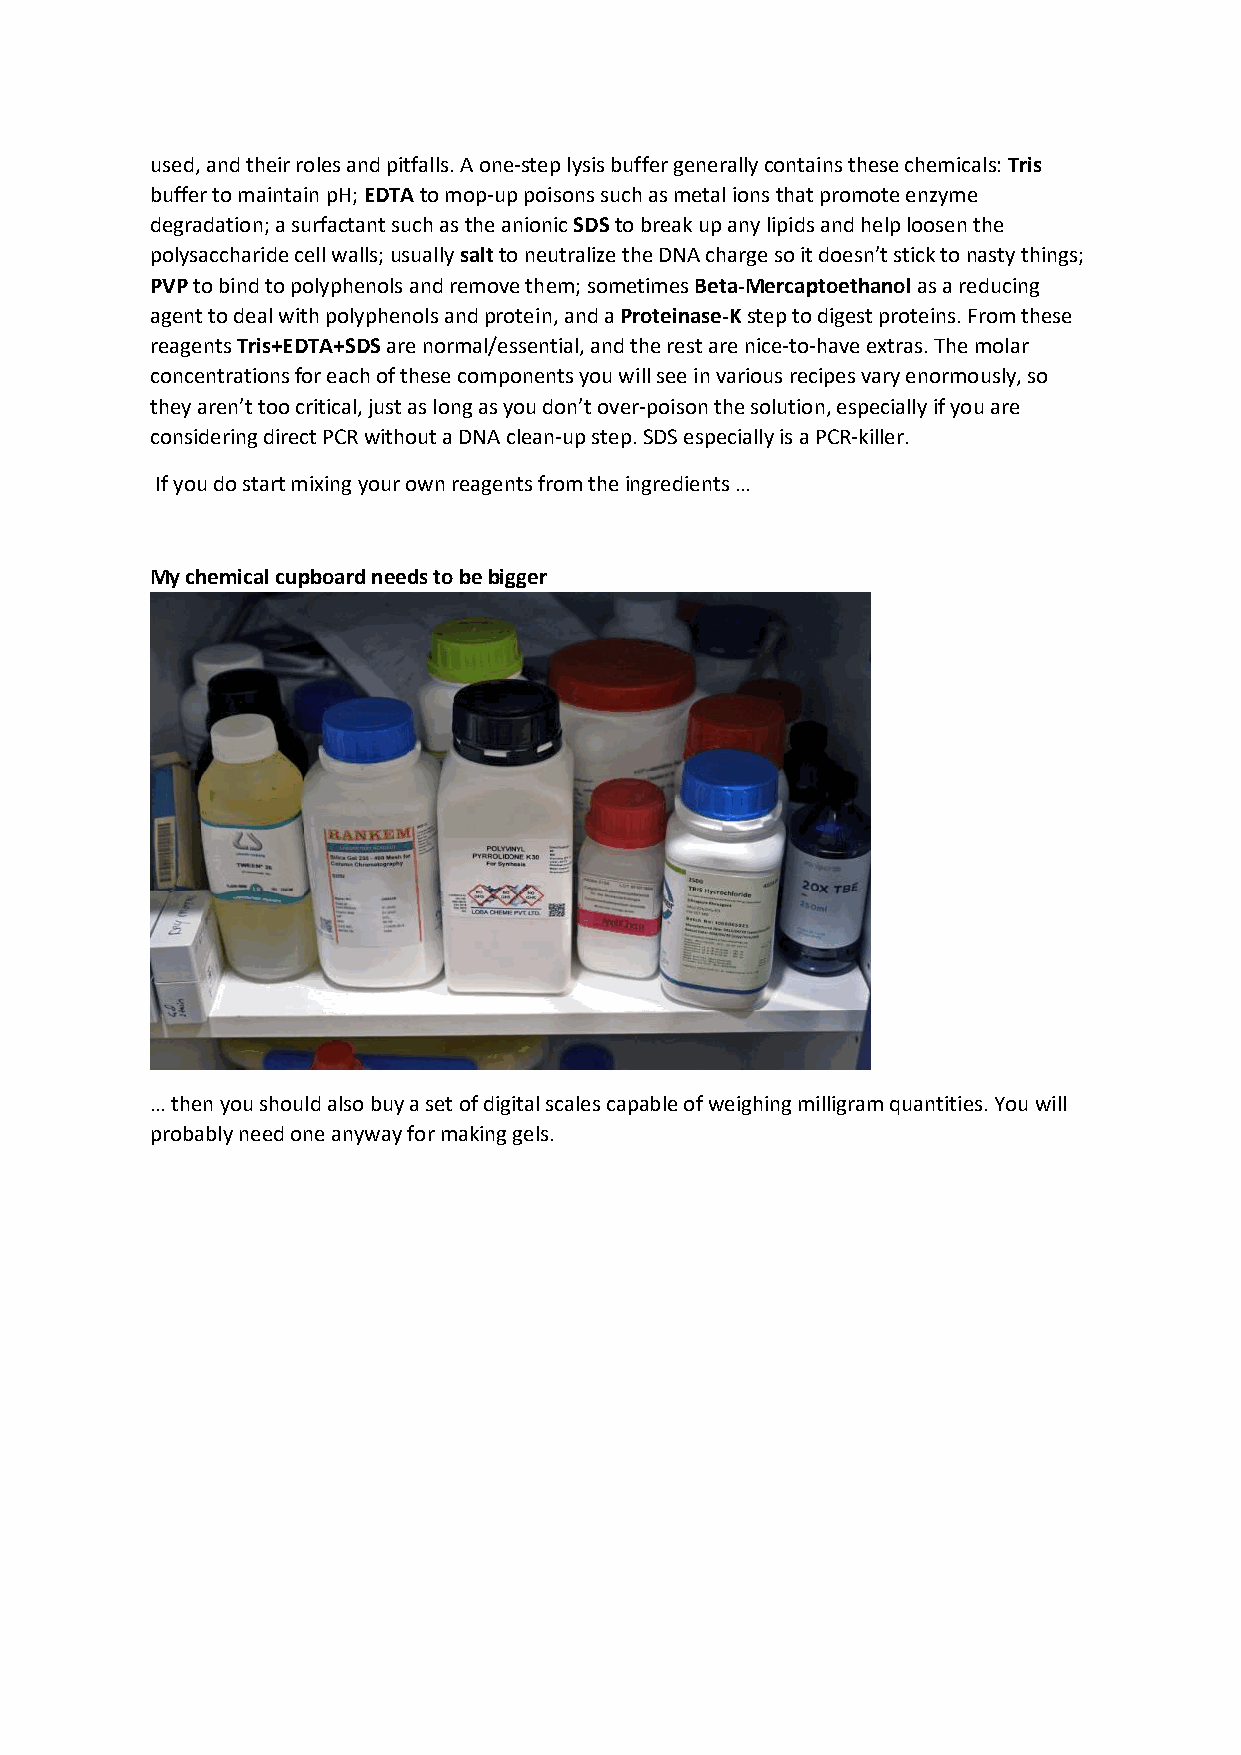
used, and their roles and pitfalls. A one-step lysis buffer generally contains these chemicals: Tris
 buffer to maintain pH; EDTA to mop-up poisons such as metal ions that promote enzyme
 degradation; a surfactant such as the anionic SDS to break up any lipids and help loosen the
 polysaccharide cell walls; usually salt to neutralize the DNA charge so it doesn’t stick to nasty things;
 PVP to bind to polyphenols and remove them; sometimes Beta-Mercaptoethanol as a reducing
 agent to deal with polyphenols and protein, and a Proteinase-K step to digest proteins. From these
 reagents Tris+EDTA+SDS are normal/essential, and the rest are nice-to-have extras. The molar
 concentrations for each of these components you will see in various recipes vary enormously, so
 they aren’t too critical, just as long as you don’t over-poison the solution, especially if you are
 considering direct PCR without a DNA clean-up step. SDS especially is a PCR-killer.
 If you do start mixing your own reagents from the ingredients …
 My chemical cupboard needs to be bigger
 … then you should also buy a set of digital scales capable of weighing milligram quantities. You will
 probably need one anyway for making gels.